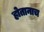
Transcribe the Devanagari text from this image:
होतानाच